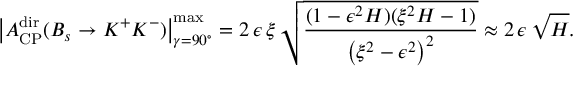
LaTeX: \left| { \cal A } _ { \mathrm { C P } } ^ { \mathrm { d i r } } ( B _ { s } \to K ^ { + } K ^ { - } ) \right| _ { \gamma = 9 0 ^ { \circ } } ^ { \mathrm { m a x } } = 2 \, \epsilon \, \xi \, \sqrt { \frac { ( 1 - \epsilon ^ { 2 } H ) ( \xi ^ { 2 } H - 1 ) } { \left( \xi ^ { 2 } - \epsilon ^ { 2 } \right) ^ { 2 } } } \approx 2 \, \epsilon \, \sqrt { H } .